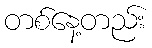
တစ်နေ့တည်း